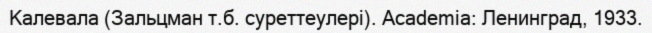
Калевала (Зальцман т.б. суреттеулері). Academia: Ленинград, 1933.